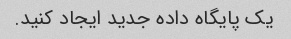
یک پایگاه داده جدید ایجاد کنید.